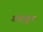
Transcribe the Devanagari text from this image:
गंगाकूप